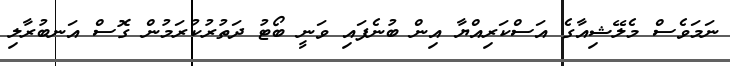
ނަމަވެސް މެލޭޝިއާގެ އަސްކަރިއްޔާ އިން ބުނެފައި ވަނީ ބޯޓު ދަތުރުކުރަމުން ގޮސް އަނބުރާލި